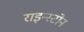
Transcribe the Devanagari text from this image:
राइन्स्टोन